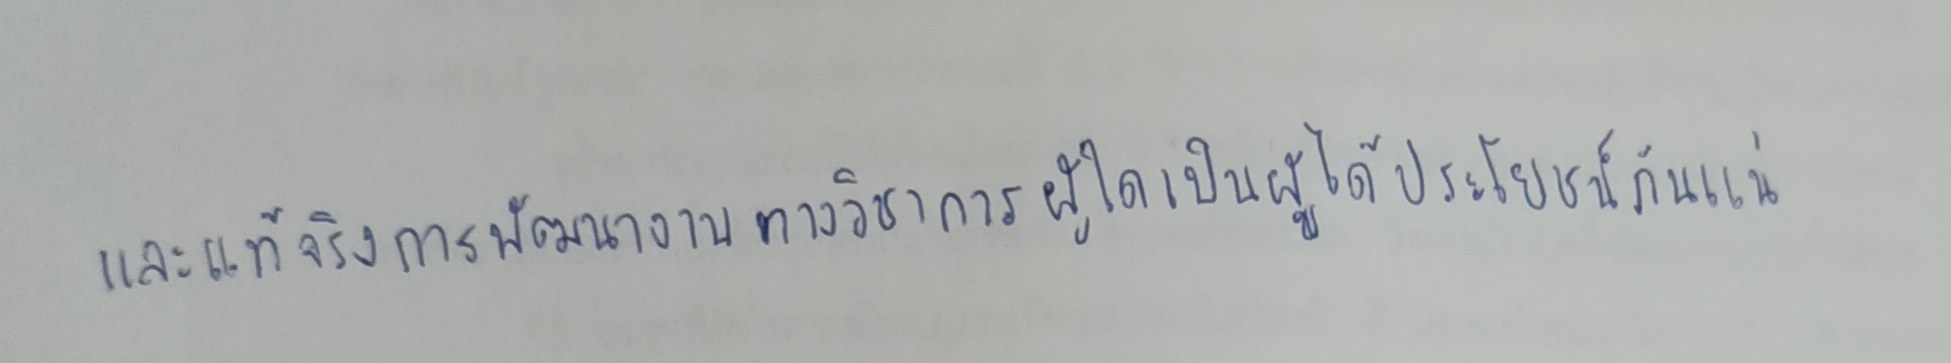
และแท้จริงการพัฒนางานทางวิชาการผู้ใดเป็นผู้ได้ประโยชน์กันแน่